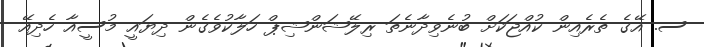
ސ. އޭގެ ތެރެއިން ކުއްޖަކަށް ބުނެވިދާނެތަ ރިލޭޝަންޝިޕް ހަލާކުވެގެން ދިޔައީ މުސީއާ ހެދިއޭ